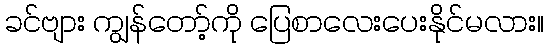
ခင်ဗျား ကျွန်တော့်ကို ပြေစာလေးပေးနိုင်မလား။